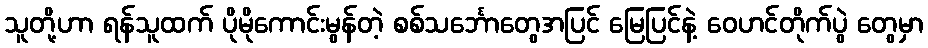
သူတို့ဟာ ရန်သူထက် ပိုမိုကောင်းမွန်တဲ့ စစ်သင်္ဘောတွေအပြင် မြေပြင်နဲ့ ဝေဟင်တိုက်ပွဲ တွေမှာ